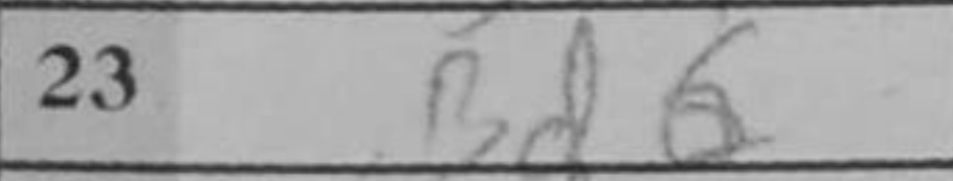
Transcription: Bd6